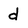
Character: d